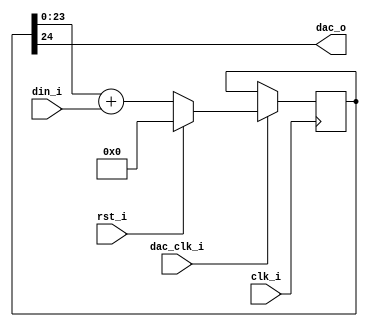
module delta_sigma_1bit #(
    parameter dac_res = 24
) (
    input                   clk_i,
    input                   dac_clk_i,
    input                   rst_i,
    input[dac_res-1:0]      din_i, 
    output                  dac_o
);

    reg[dac_res:0] dac_acc;

    always @(posedge clk_i) begin
        if(dac_clk_i) begin
            if(rst_i) begin
                dac_acc <= 0;
            end
            else begin
                dac_acc <= dac_acc[dac_res-1:0] + din_i;
            end
        end
    end

    assign dac_o = dac_acc[dac_res];

endmodule